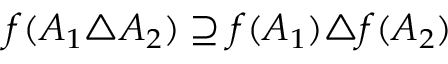
f ( A _ { 1 } \triangle A _ { 2 } ) \supseteq f ( A _ { 1 } ) \triangle f ( A _ { 2 } )